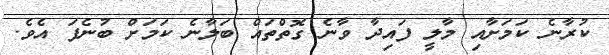
ކުރާނެ ކަމަށާއި މާލީ ފައިދާ ވާނެ ގޮތްތައް ބަލާނެ ކަމަށް ބުނެފަ އެވެ.